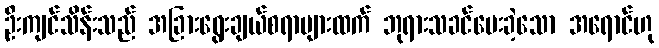
ဦးကျင်သိန်းသည် အခြားရွေးချယ်စရာများထက် ဘုရားသခင်ပေးခဲ့သော အရောင်ဟု